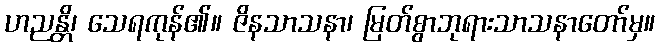
ဟညန္တိ၊ သေရကုန်၏။ ဇိနသာသနာ၊ မြတ်စွာဘုရားသာသနာတော်မှ။